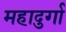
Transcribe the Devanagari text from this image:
महादुर्गा